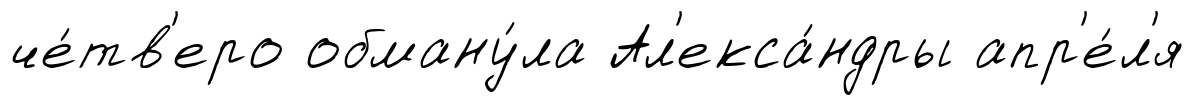
че́тв'еро обману́ла Ал'екса́ндры апр'е́л'я